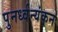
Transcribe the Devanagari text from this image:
पुनर्ध्वन्यंकन